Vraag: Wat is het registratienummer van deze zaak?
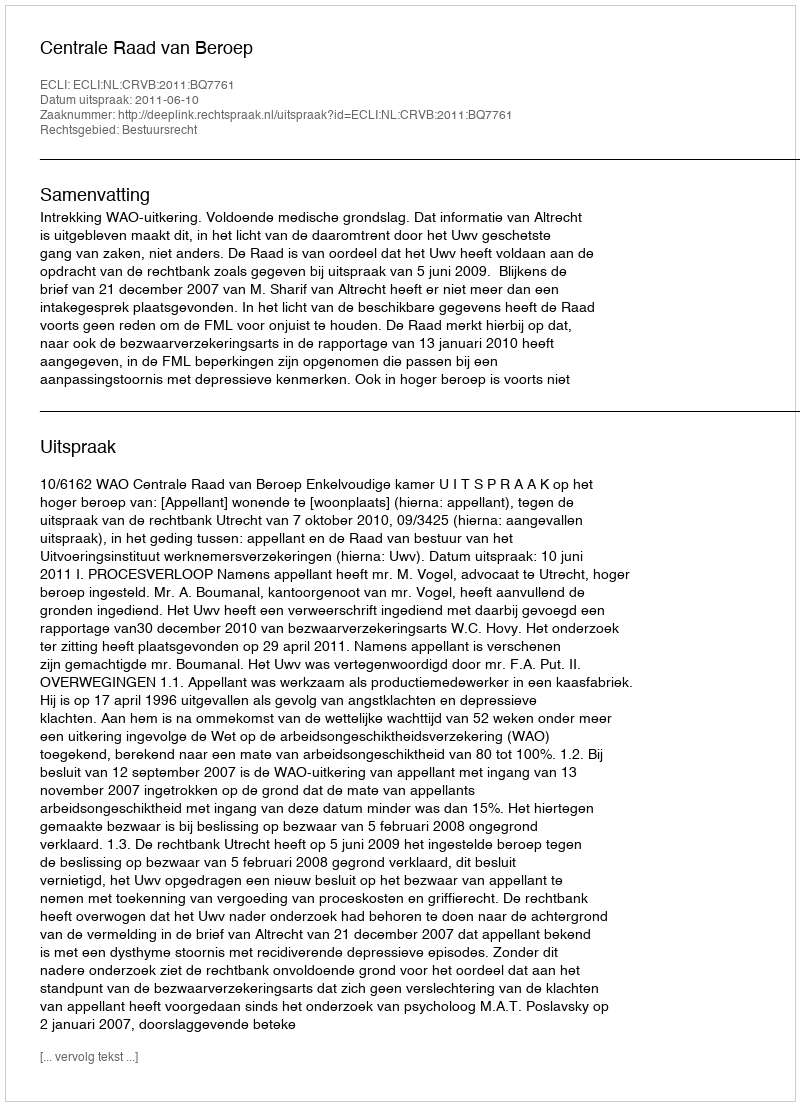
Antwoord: http://deeplink.rechtspraak.nl/uitspraak?id=ECLI:NL:CRVB:2011:BQ7761